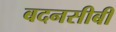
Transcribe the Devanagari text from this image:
बदनसीबी